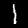
Label: 1